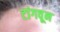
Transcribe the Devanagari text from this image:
टांगवून